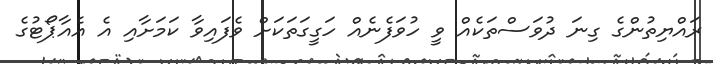
ރައްޔިތުންގެ ގިނަ ދުވަސްތަކެއް ވީ ހުވަފެނެއް ހަގީގަތަކަށް ވެފައިވާ ކަމަށާއި އެ އެއާޕޯޓުގެ